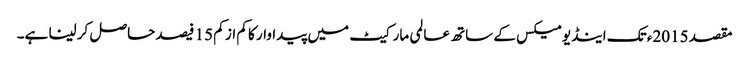
مقصد 2015ء تک اینڈیومیکس کے ساتھ عالمی مارکیٹ میں پیداوار کا کم از کم 15 فیصد حاصل کر لینا ہے۔